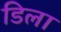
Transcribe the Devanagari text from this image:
डिला